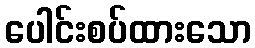
ပေါင်းစပ်ထားသော